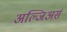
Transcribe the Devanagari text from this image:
अल्जिअर्स